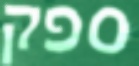
ספק